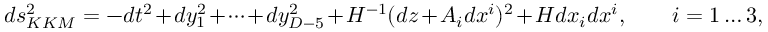
d s _ { K K M } ^ { 2 } = - d t ^ { 2 } + d y _ { 1 } ^ { 2 } + \dots + d y _ { D - 5 } ^ { 2 } + H ^ { - 1 } ( d z + A _ { i } d x ^ { i } ) ^ { 2 } + H d x _ { i } d x ^ { i } , \qquad i = 1 \dots 3 ,